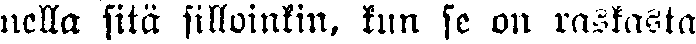
nella sitä silloinkin, kun se on raskasta